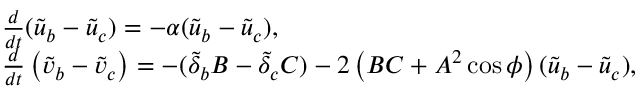
\begin{array} { r l } & { \frac { d } { d t } ( \tilde { u } _ { b } - \tilde { u } _ { c } ) = - \alpha ( \tilde { u } _ { b } - \tilde { u } _ { c } ) , } \\ & { \frac { d } { d t } \left( \tilde { v } _ { b } - \tilde { v } _ { c } \right) = - ( \tilde { \delta } _ { b } B - \tilde { \delta } _ { c } C ) - 2 \left( B C + A ^ { 2 } \cos \phi \right) ( \tilde { u } _ { b } - \tilde { u } _ { c } ) , } \end{array}